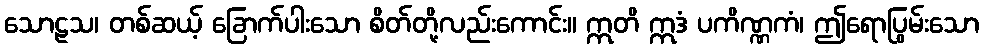
သောဠသ၊ တစ်ဆယ့် ခြောက်ပါးသော စိတ်တို့လည်းကောင်း။ ဣတိ ဣဒံ ပကိဏ္ဏကံ၊ ဤရောပြွမ်းသော